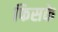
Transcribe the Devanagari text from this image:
फिसके